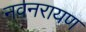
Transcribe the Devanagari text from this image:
नवनरायण